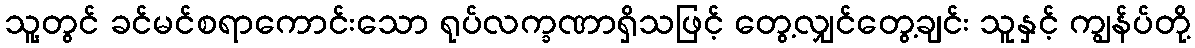
သူ့တွင် ခင်မင်စရာကောင်းသော ရုပ်လက္ခဏာရှိသဖြင့် တွေ့လျှင်တွေ့ချင်း သူနှင့် ကျွန်ပ်တို့